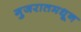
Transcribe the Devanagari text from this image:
गुजरातमधून